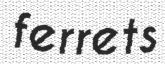
ferrets